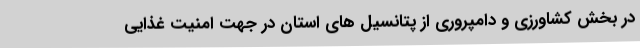
در بخش کشاورزی و دامپروری از پتانسیل های استان در جهت امنیت غذایی